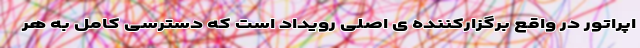
اپراتور در واقع برگزارکننده ی اصلی رویداد است که دسترسی کامل به هر